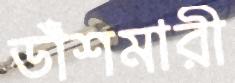
ডাঁশমারী